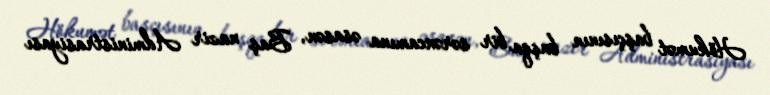
Hökumət başçısının başqa bir sərəncamına əsasən, Baş nazir Administrasiyası